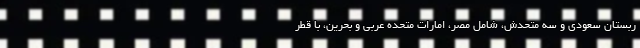
ربستان سعودی و سه متحدش، شامل مصر، امارات متحده عربی و بحرین، با قطر